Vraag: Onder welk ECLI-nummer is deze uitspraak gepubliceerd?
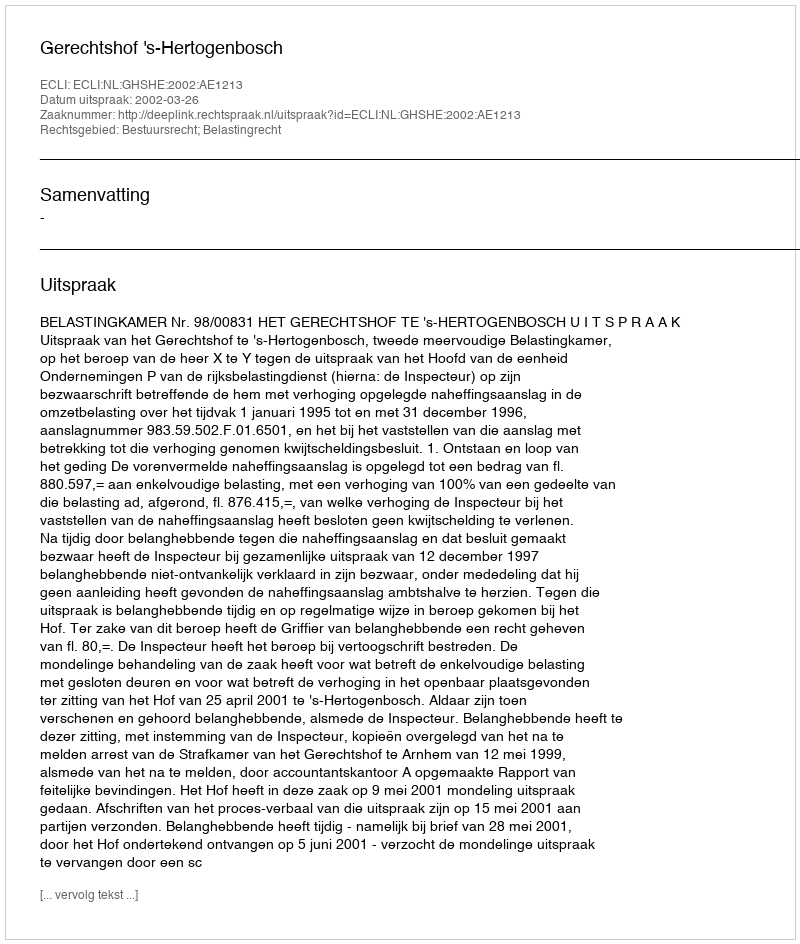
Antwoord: ECLI:NL:GHSHE:2002:AE1213